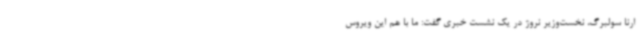
ارنا سولبرگ، نخست‌وزیر نروژ در یک نشست خبری گفت:‌ ما با هم این ویروس